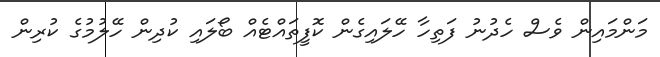
މަންމައިން ވެސް ހެދުނު ފަތިހާ ހޭލައިގެން ކޮފީތައްޓެއް ބޯލައި ކުދިން ހޭލުމުގެ ކުރިން